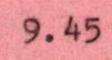
9.45